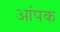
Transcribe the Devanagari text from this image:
आंपक